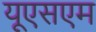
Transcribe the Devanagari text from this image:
यूएसएम